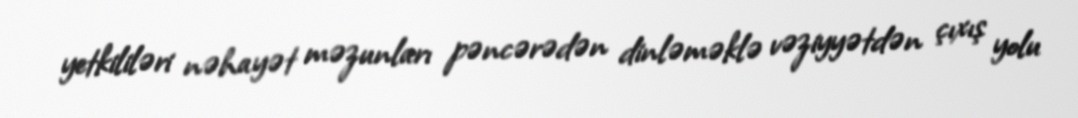
yetkililəri nəhayət məzunları pəncərədən dinləməklə vəziyyətdən çıxış yolu